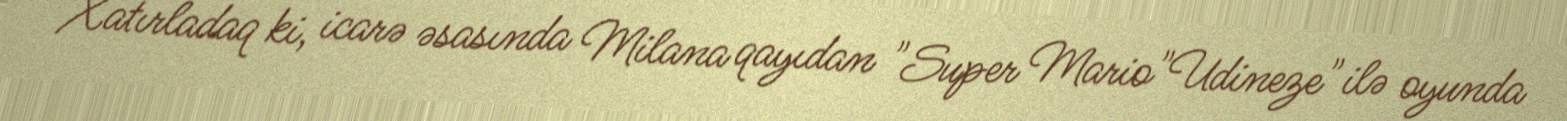
Xatırladaq ki, icarə əsasında Milana qayıdan "Super Mario"Udineze" ilə oyunda